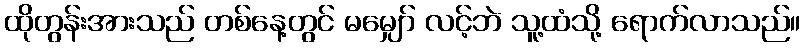
ထိုတွန်းအားသည် တစ်နေ့တွင် မမျှော် လင့်ဘဲ သူ့ထံသို့ ရောက်လာသည်။